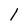
Character: l